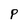
Character: P